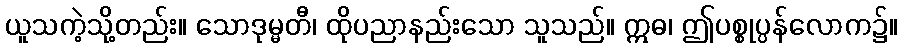
ယူသကဲ့သို့တည်း။ သောဒုမ္မတီ၊ ထိုပညာနည်းသော သူသည်။ ဣဓ၊ ဤပစ္စုပ္ပန်လောက၌။